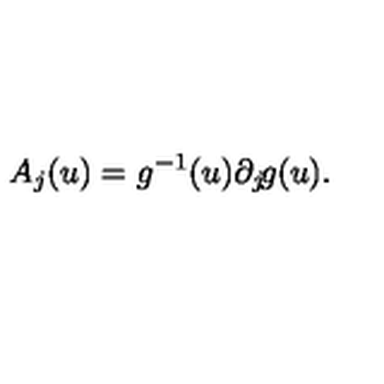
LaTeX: A _ { j } ( u ) = g ^ { - 1 } ( u ) \partial _ { j } \! g ( u ) .